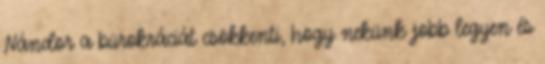
Nándor a bürokráciát csökkenti, hogy nekünk jobb legyen és